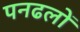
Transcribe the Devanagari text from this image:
पनढलों